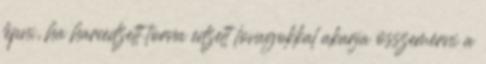
lépni, ha harcedzett torna edzett lovagokkal akarja összemérni a